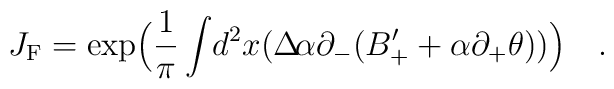
J_{\rm{F}}=\exp\Bigl(\frac{ 1}{ \pi} \int\!  d^2 x    (  \Delta\!               \alpha \partial_{-}(B_{+}^{\prime} + \alpha                \partial_{+} \theta ))\Bigr) \quad.